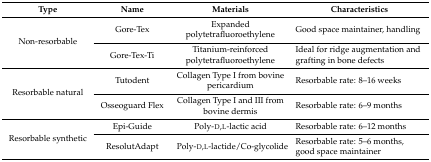
<table><thead><tr><td><b>Type</b></td><td><b>Name</b></td><td><b>Materials</b></td><td><b>Characteristics</b></td></tr></thead><tbody><tr><td rowspan="2">Non-resorbable</td><td>Gore-Tex</td><td>Expanded polytetrafluoroethylene</td><td>Good space maintainer, handling</td></tr><tr><td>Gore-Tex-Ti</td><td>Titanium-reinforced polytetrafluoroethylene</td><td>Ideal for ridge augmentation and grafting in bone defects</td></tr><tr><td rowspan="2">Resorbable natural</td><td>Tutodent</td><td>Collagen Type I from bovine pericardium</td><td>Resorbable rate: 8–16 weeks</td></tr><tr><td>Osseoguard Flex</td><td>Collagen Type I and III from bovine dermis</td><td>Resorbable rate: 6–9 months</td></tr><tr><td rowspan="2">Resorbable synthetic</td><td>Epi-Guide</td><td>Poly-d,l-lactic acid</td><td>Resorbable rate: 6–12 months</td></tr><tr><td>ResolutAdapt</td><td>Poly-d,l-lactide/Co-glycolide</td><td>Resorbable rate: 5–6 months, good space maintainer</td></tr></tbody></table>